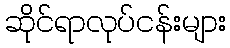
ဆိုင်ရာလုပ်ငန်းများ